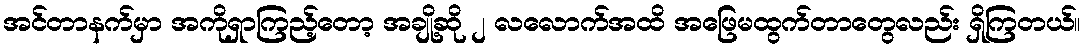
အင်တာနက်မှာ အကိုရှာကြည့်တော့ အချို့ဆို ၂ လလောက်အထိ အဖြေမထွက်တာတွေလည်း ရှိကြတယ်။